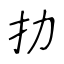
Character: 扐